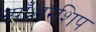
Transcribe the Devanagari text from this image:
स्पाँशरशिप